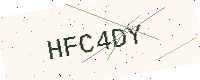
Text: HFC4DY